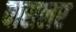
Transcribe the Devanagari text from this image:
बासलर